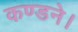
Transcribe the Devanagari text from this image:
कण्डने।